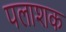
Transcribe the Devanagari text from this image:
पलाशक